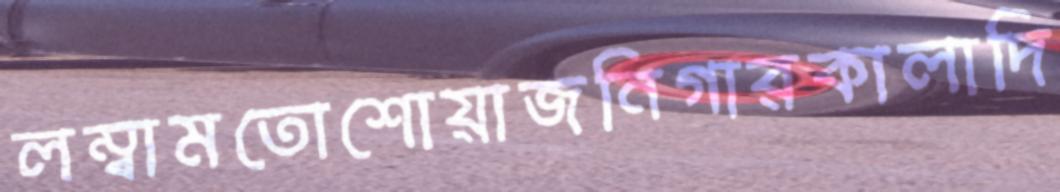
লম্বামতোশোয়াজনিগারকালাদি